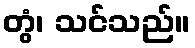
တွံ၊ သင်သည်။